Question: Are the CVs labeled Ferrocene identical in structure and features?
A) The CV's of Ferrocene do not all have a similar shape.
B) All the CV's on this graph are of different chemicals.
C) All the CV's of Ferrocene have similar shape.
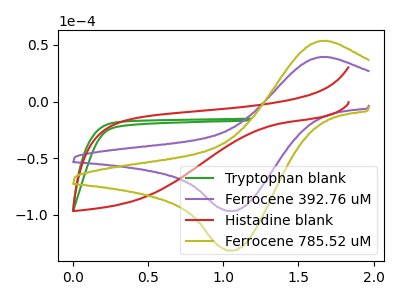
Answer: <think>The green curve "Tryptophan blank" has no peaks. The purple curve "Ferrocene 392.76 uM" has an anodic peak at (1.65V, 39.25uA) and a cathodic peak at (1.05V, -96.50uA). The red curve "Histadine blank" has no peaks. The olive curve "Ferrocene 785.52 uM" has an anodic peak at (1.65V, 53.50uA) and a cathodic peak at (1.05V, -131.40uA).
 "Tryptophan blank" and "Ferrocene 392.76 uM" have a different number of peaks. Neither "Tryptophan blank" or "Histadine blank" have any peaks. "Tryptophan blank" and "Ferrocene 785.52 uM" have a different number of peaks. "Ferrocene 392.76 uM" and "Histadine blank" have a different number of peaks. All the peaks in "Ferrocene 392.76 uM" have a peak in "Ferrocene 785.52 uM" at the same potential. Every peak in "Ferrocene 392.76 uM" is lower than every peak in "Ferrocene 785.52 uM". "Histadine blank" and "Ferrocene 785.52 uM" have a different number of peaks.</think>
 <answer>C) All the CV's of "Ferrocene" have similar shape.</answer>
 <eval>C</eval>